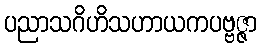
ပညာသဂိဟိသဟာယကပဗ္ဗဇ္ဇာ